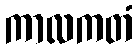
ကာလကတံ